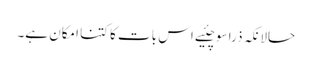
حالانکہ ذرا سوچئیے اس بات کا کتنا امکان ہے۔